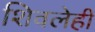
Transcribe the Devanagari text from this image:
शिवलेही